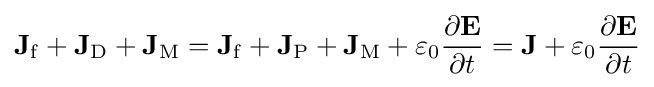
\mathbf {J} _{\mathrm {f} }+\mathbf {J} _{\mathrm {D} }+\mathbf {J} _{\mathrm {M} }=\mathbf {J} _{\mathrm {f} }+\mathbf {J} _{\mathrm {P} }+\mathbf {J} _{\mathrm {M} }+\varepsilon _{0}{\frac {\partial \mathbf {E} }{\partial t}}=\mathbf {J} +\varepsilon _{0}{\frac {\partial \mathbf {E} }{\partial t}}